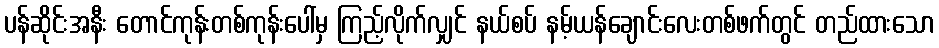
ပန်ဆိုင်းအနီး တောင်ကုန်းတစ်ကုန်းပေါ်မှ ကြည့်လိုက်လျှင် နယ်စပ် နမ့်ယန်ချောင်းလေးတစ်ဖက်တွင် တည်ထားသော